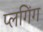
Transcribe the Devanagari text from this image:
प्लगिंग